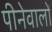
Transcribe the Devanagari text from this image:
पीनेवालों